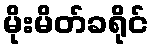
မိုးမိတ်ခရိုင်